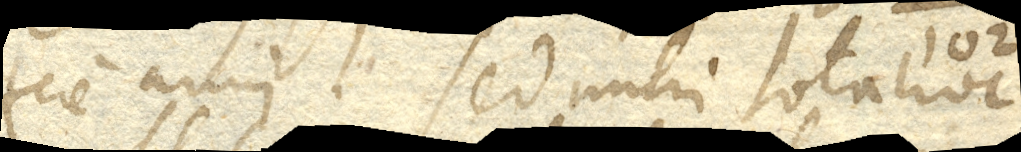
fere anni. Sed mihi tota haec